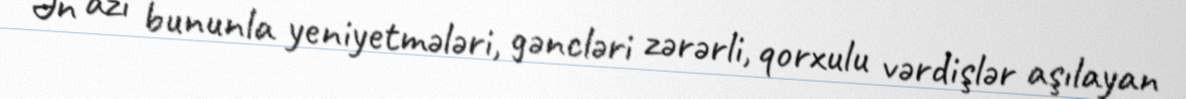
Ən azı bununla yeniyetmələri, gəncləri zərərli, qorxulu vərdişlər aşılayan